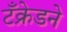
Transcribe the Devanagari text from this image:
टँक्रेडने